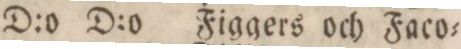
” ” D:o D:o Figgers och Faco=